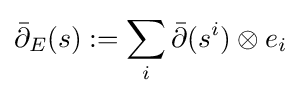
{\bar {\partial }}_{E}(s):=\sum _{i}{\bar {\partial }}(s^{i})\otimes e_{i}